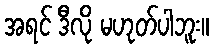
အရင် ဒီလို မဟုတ်ပါဘူး။